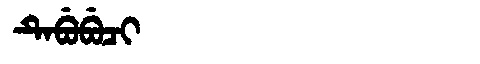
Manchu: ᡨᡝᠪᡠᠪᡠᠴᡳ
Romanization: TEBUBUCI